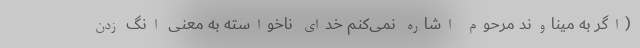
(اگر به میناوند مرحوم اشاره نمی‌کنم خدای ناخواسته به معنی انگ زدن